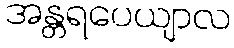
အန္တရပေယျာလ